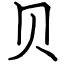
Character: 贝